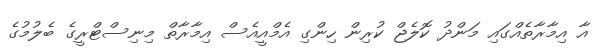
އާ އިމާރާތެއްގައި މަންދު ކޮލެޖް ކުރިން ހިންގި އެމްއީއެސް އިމާރާތް މިނިސްޓްރީގެ ބެލުމުގެ